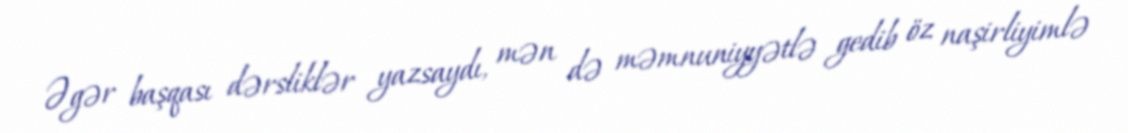
Əgər başqası dərsliklər yazsaydı, mən də məmnuniyyətlə gedib öz naşirliyimlə